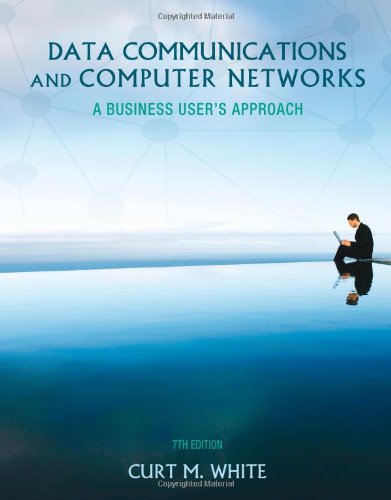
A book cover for Data Communications and Computer Networks: A Business User's Approach; Curt White; Computers & Technology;